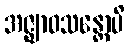
အဇ္ဈာဝသန္တောပိ